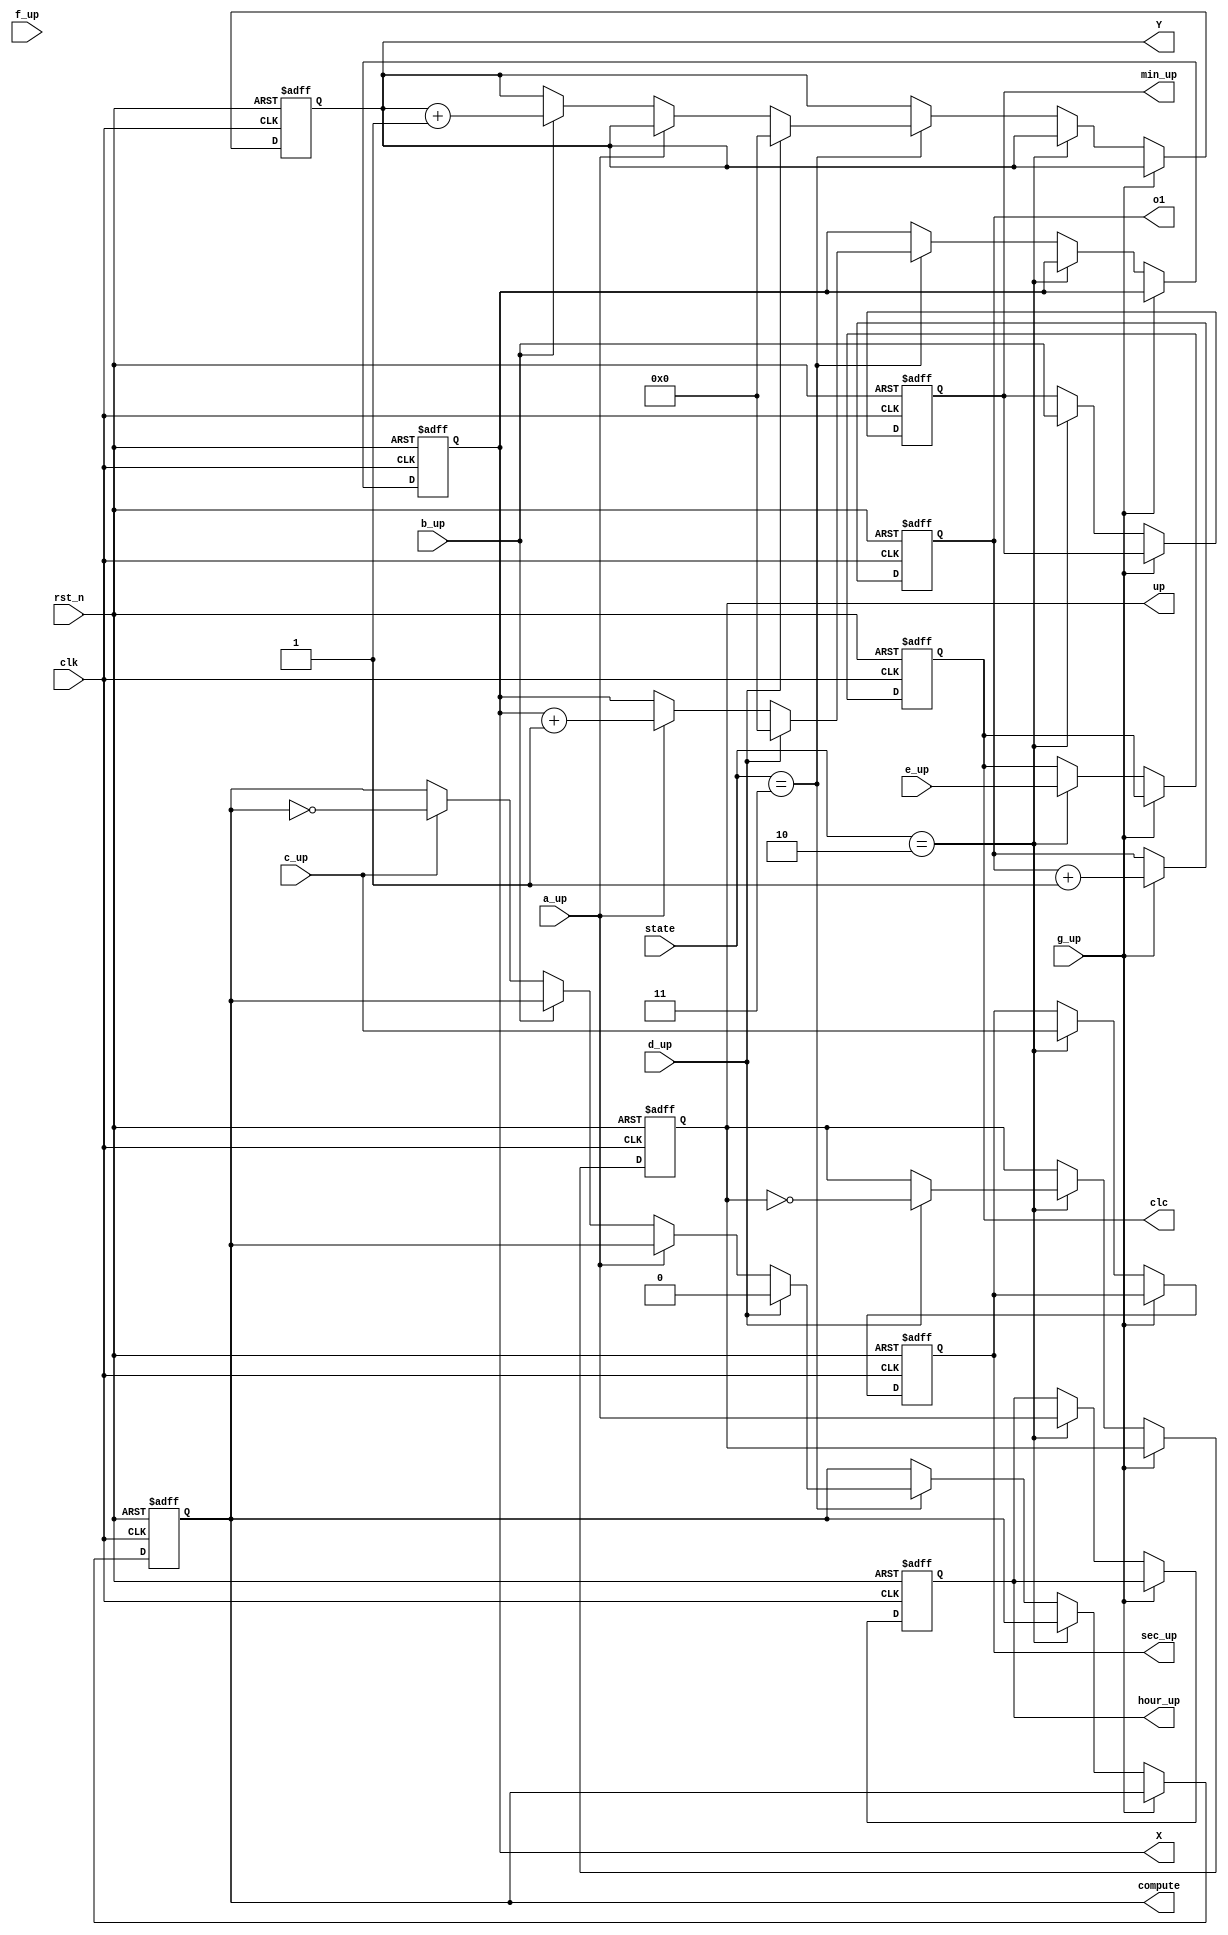
//

module keyset(
			input 		clk,
			input 		rst_n,
			input 		a_up,b_up,c_up,d_up,e_up,f_up,g_up,			//
			input 		[1:0]state,									//
			output reg  [1:0] o1,								//
			output reg  [3:0] X,									//
			output reg  [3:0] Y,									//
			output reg  compute,									//
			output reg  clc,up,hour_up,min_up,sec_up				//
																//clc 	up 		hour_up,min_up,sec_up  			
);

always @(posedge clk or negedge rst_n)
 begin
    if (~rst_n)								//0
				begin
					o1 		<= 0;
					clc		<= 0;
					X 		<= 0;
					Y 		<= 0;
					compute <= 0;
					up 		<= 0;
					hour_up <= 0;
					min_up  <= 0;
					sec_up  <= 0;					
				end
	 else if (g_up)							//
				begin
					o1 <= o1 + 1'b1;
				end
	 else if (state == 2'b10)				//
				begin
					hour_up <= a_up;		
					min_up  <= b_up;
					sec_up  <= c_up;
					clc 	<= e_up;
						if(d_up)
							up <= ~up;					
						else
							up <= up;	
									
				end
	 else if (state == 2'b11)				//
			begin
			if (d_up)
					begin
						X		<= 0;
						Y 		<= 0;
						compute <= 0;
					end
			else if(a_up) 
					begin
						X <= X + 1'b1;
						Y <= Y;
					end
			else if(b_up) 
					begin
						Y <= Y + 1'b1;
						X <= X;
					end
			else if(c_up)
						compute <= ~compute;
					
			else
					begin
						X <= X;
						Y <= Y;
					end
			end
    else
				begin
					o1 		 <= o1;
				    hour_up  <= hour_up;
					min_up   <= min_up;
					sec_up   <= sec_up;
					X 		 <= X;
					Y        <= Y;
					compute  <= compute;
				end
       
end
endmodule